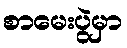
စာမေးပွဲမှာ